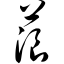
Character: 蒗